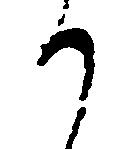
か